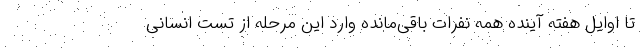
تا اوایل هفته آینده همه نفرات باقی‌مانده وارد این مرحله از تست انسانی